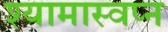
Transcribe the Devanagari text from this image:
श्यामास्वप्न